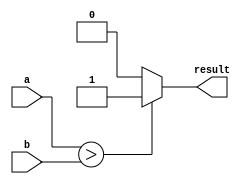
module conditional_assign (
    input a,
    input b,
    output reg result
);

always @* begin
    if (a > b) begin
        result = 1;
    end else begin
        result = 0;
    end
end

endmodule